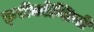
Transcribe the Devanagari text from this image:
फ़्रीक्वेन्सियों